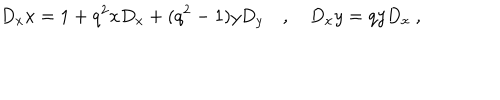
D _ { x } x = 1 + q ^ { 2 } x D _ { x } + ( q ^ { 2 } - 1 ) y D _ { y } \quad , \quad D _ { x } y = q y D _ { x } \ ,